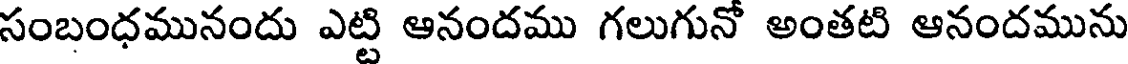
సంబంధమునందు ఎట్టి ఆనందము గలుగునో అంతటి ఆనందమును